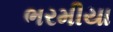
ભરમીયા